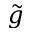
\tilde { g }